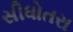
સીધોતરા